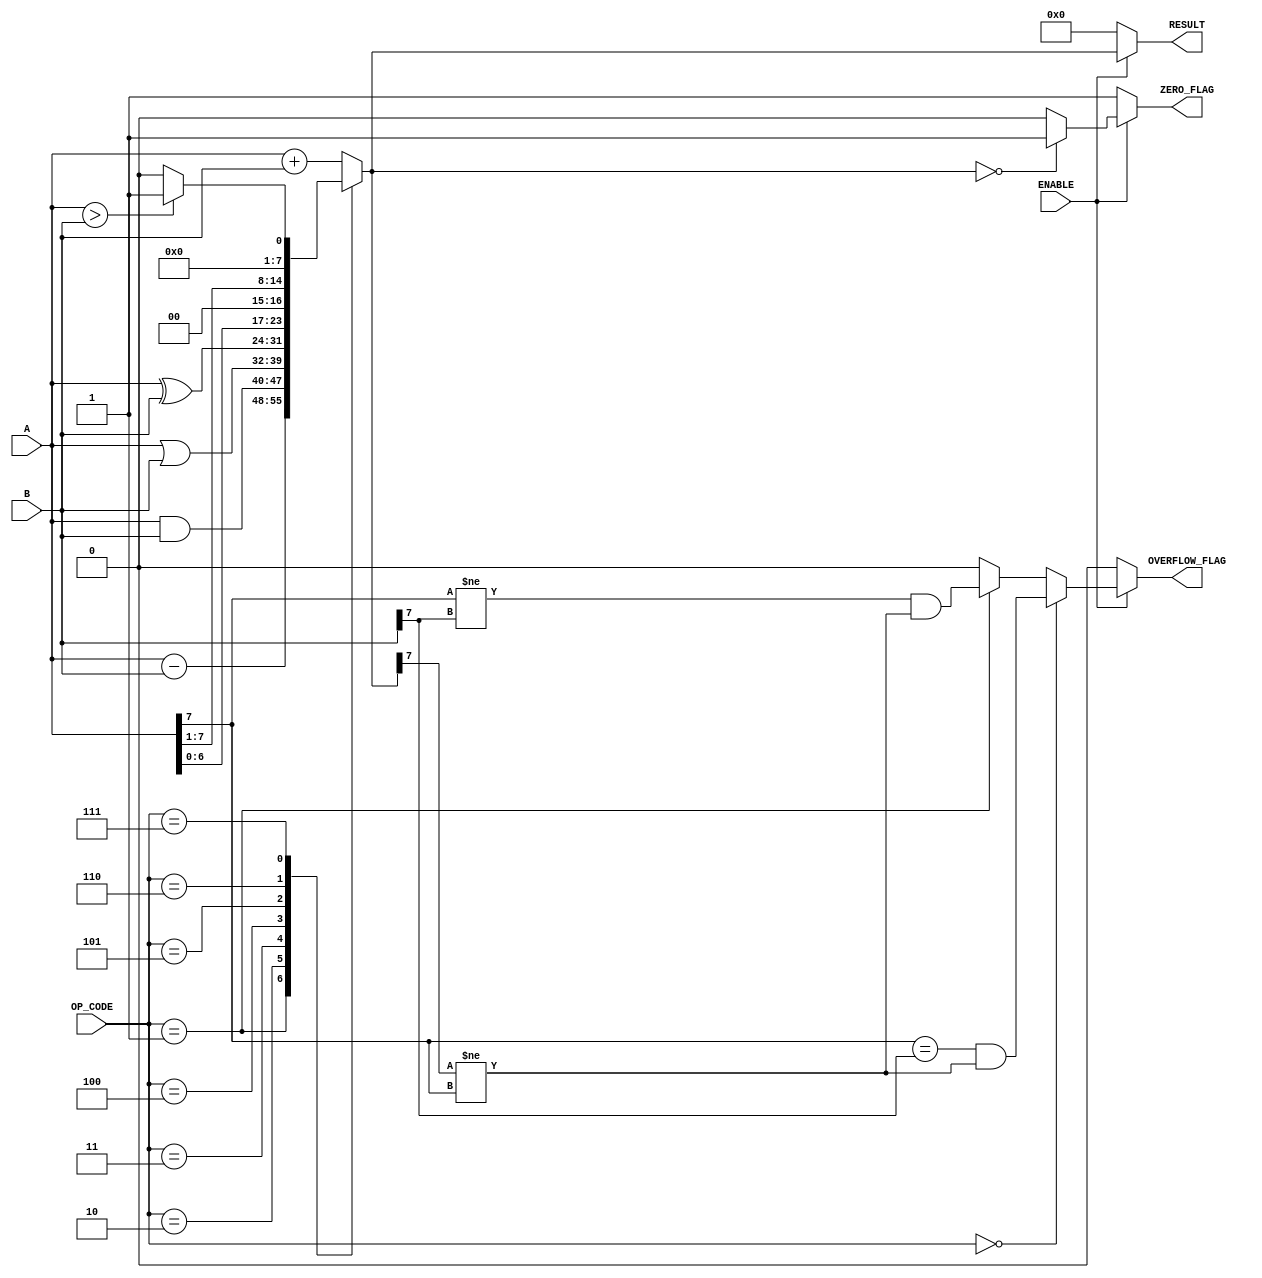
module ParameterizedALU #(
    parameter DATA_WIDTH = 8,          // Bit-width of the data
    parameter OPERATION_COUNT = 3       // Number of operations (e.g., 3 bits can represent 8 operations)
)(
    input  wire [DATA_WIDTH-1:0] A,    // First operand
    input  wire [DATA_WIDTH-1:0] B,    // Second operand
    input  wire [OPERATION_COUNT-1:0] OP_CODE, // Operation code
    input  wire ENABLE,                 // Enable signal
    output reg  [DATA_WIDTH-1:0] RESULT, // Result of the operation
    output reg  ZERO_FLAG,              // Zero flag
    output reg  OVERFLOW_FLAG            // Overflow flag
);

    // Internal signals
    reg [DATA_WIDTH-1:0] temp_result;

    always @(*) begin
        if (ENABLE) begin
            case (OP_CODE)
                3'b000: temp_result = A + B;                     // Addition
                3'b001: temp_result = A - B;                     // Subtraction
                3'b010: temp_result = A & B;                     // Bitwise AND
                3'b011: temp_result = A | B;                     // Bitwise OR
                3'b100: temp_result = A ^ B;                     // Bitwise XOR
                3'b101: temp_result = A << 1;                    // Shift left
                3'b110: temp_result = A >> 1;                    // Shift right
                3'b111: temp_result = (A > B) ? 1 : 0;           // Greater than comparison
                default: temp_result = 0;                         // Default case
            endcase
            
            // Set the RESULT
            RESULT = temp_result;

            // Compute ZERO_FLAG
            ZERO_FLAG = (RESULT == 0) ? 1'b1 : 1'b0;

            // Compute OVERFLOW_FLAG for addition and subtraction
            OVERFLOW_FLAG = (OP_CODE == 3'b000) ? (A[DATA_WIDTH-1] == B[DATA_WIDTH-1] && RESULT[DATA_WIDTH-1] != A[DATA_WIDTH-1]) :
                             (OP_CODE == 3'b001) ? (A[DATA_WIDTH-1] != B[DATA_WIDTH-1] && RESULT[DATA_WIDTH-1] != A[DATA_WIDTH-1]) :
                             1'b0; // No overflow for other operations
        end else begin
            RESULT = 0;
            ZERO_FLAG = 1'b1; // Result is zero
            OVERFLOW_FLAG = 1'b0; // No overflow
        end
    end

endmodule